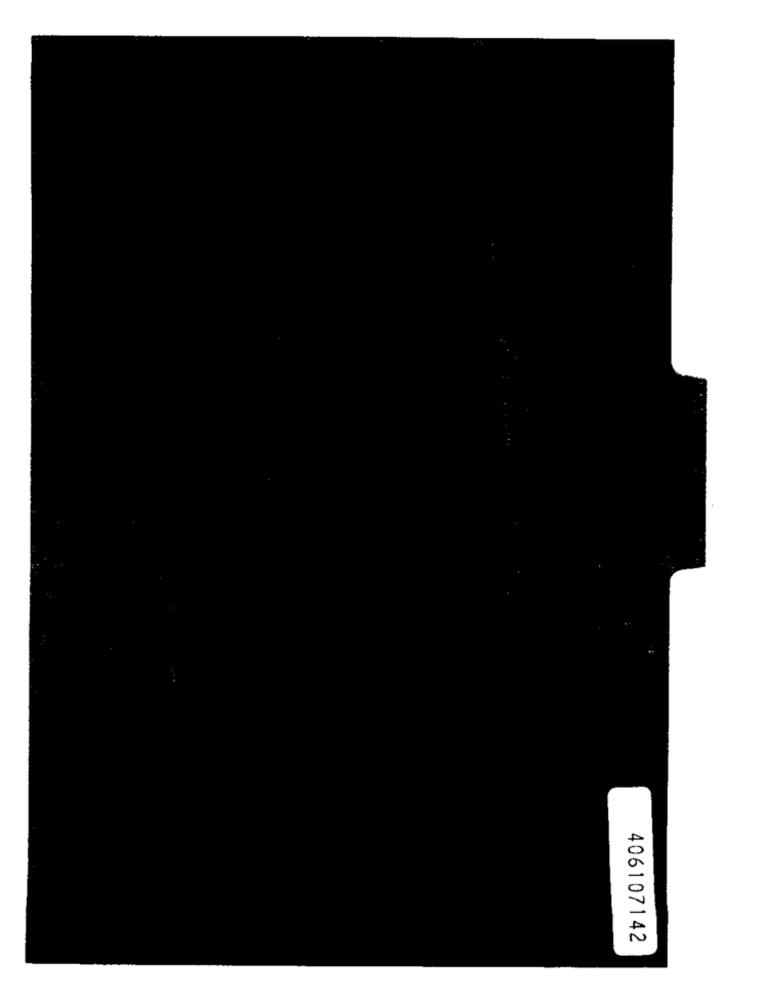
406107142